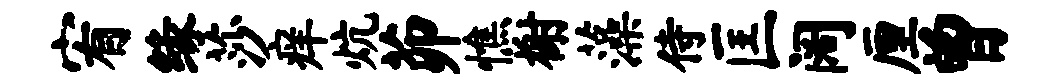
宥缘莎痒炕茆憔榭藻侍匡阔厘曾